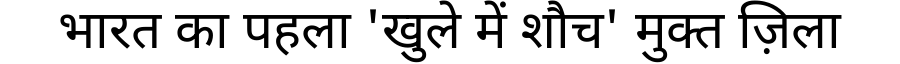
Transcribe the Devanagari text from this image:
भारत का पहला 'खुले में शौच' मुक्त ज़िला